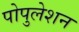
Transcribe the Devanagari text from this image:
पोपुलेशन